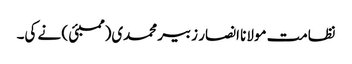
نظامت مولانا انصار زبیر محمدی(ممبئی ) نے کی۔